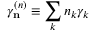
\gamma _ { \bf n } ^ { ( n ) } \equiv \sum _ { k } n _ { k } \gamma _ { k }